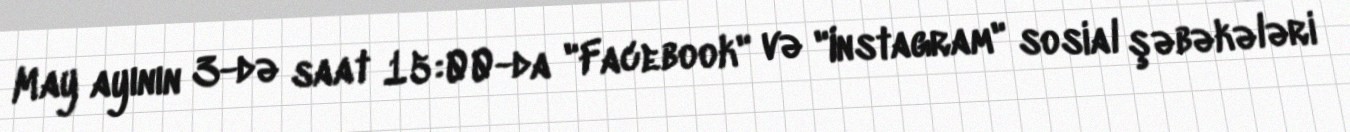
May ayının 3-də saat 15:00-da "Facebook" və "Instagram" sosial şəbəkələri